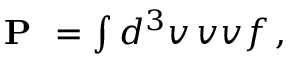
\begin{array} { r } { \textbf { P } = \int d ^ { 3 } v \, \boldsymbol { v } \boldsymbol { v } f \, , } \end{array}